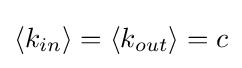
\langle {k_{in}}\rangle =\langle {k_{out}}\rangle =c